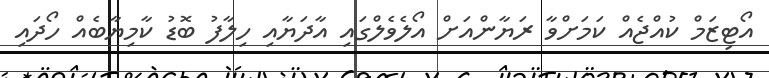
އޯޓިޒަމް ކުއްޖެއް ކަމަށްވާ ރަޔާންއަށް އޯލެވެލްގައި އާދަޔާއި ހިލާފު ބޮޑު ކާމިޔާބެއް ހޯދައި